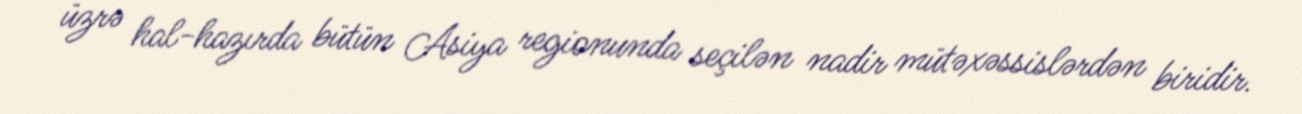
üzrə hal-hazırda bütün Asiya regionunda seçilən nadir mütəxəssislərdən biridir.